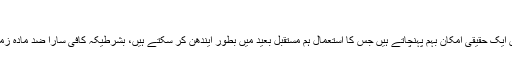
)
مختصر الفاظ میں ضد مادّے سے چلنے والے انجن ہمیں ایک حقیقی امکان بہم پہنچاتے ہیں جس کا استعمال ہم مستقبل بعید میں بطور ایندھن کر سکتے ہیں، بشرطیکہ کافی سارا ضد مادّہ زمین پر بن سکے یا اس کو خلاء میں تلاش کر لیا جائے ۔